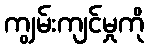
ကျွမ်းကျင်မှုကို